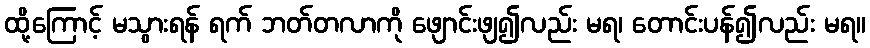
ထို့ကြောင့် မသွားရန် ရက် ဘတ်တလာကို ဖျောင်းဖျ၍လည်း မရ၊ တောင်းပန်၍လည်း မရ။